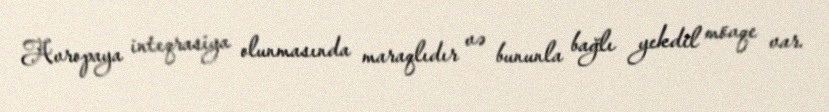
Avropaya inteqrasiya olunmasında maraqlıdır və bununla bağlı yekdil mövqe var.